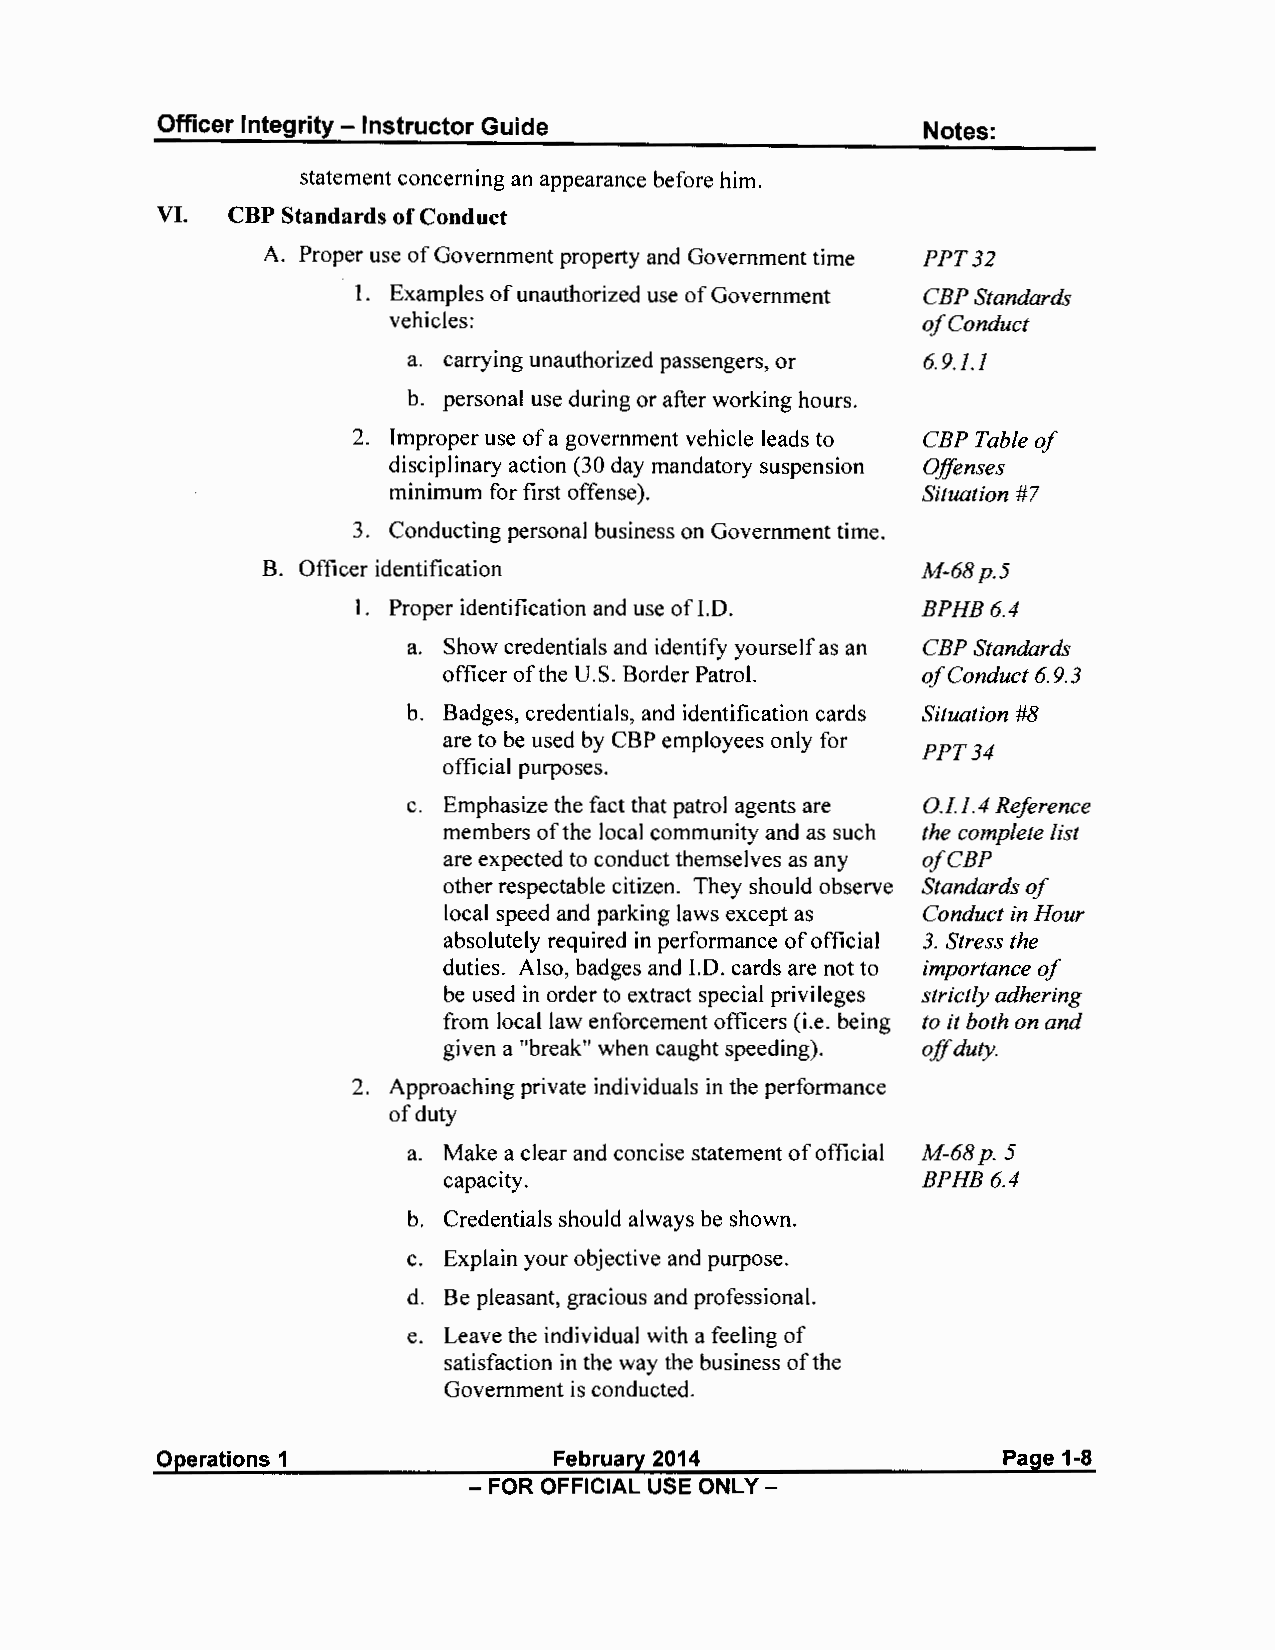
Officer Integrity - Instructor Guide               Notes:
 statement concerning an appearance before him.
 VI.  CBP Standards of Conduct
 A. Proper use of Government property and Government time PPT32
 I. Examples of unauthorized use of Government CBP Standards
 vehicles:                          of Conduct
 a. carrying unauthorized passengers, or 6.9.1.1
 b. personal use during or after working hours.
 2. Improper use of a government vehicle leads to CBP Table of
 disciplinary action (30 day mandatory suspension Offenses
 minimum for first offense).        Situation #7
 3. Conducting personal business on Government time.
 B. Officer identification                   M-68p.5
 I. Proper identification and use of 1.0. BPHB6.4
 a. Show credentials and identify yourself as an CBP Standards
 officer of the U.S. Border Patrol. of Conduct 6.9.3
 b. Badges, credentials, and identification cards Situation #8
 are to be used by CBP employees only for
 PPT34
 official purposes.
 c. Emphasize the fact that patrol agents are 0.1.1.4 Reference
 members of the local community and as such the complete list
 are expected to conduct themselves as any ofCBP
 other respectable citizen. They should observe Standards of
 local speed and parking laws except as Conduct in Hour
 absolutely required in performance of official 3. Stress the
 duties. Also, badges and 1.0. cards are not to importance of
 be used in order to extract special privileges strictly adhering
 from local law enforcement officers (i.e. being to it both on and
 given a "break" when caught speeding). offd uty.
 2. Approaching private individuals in the performance
 of duty
 a. Make a clear and concise statement of official M-68p. 5
 capacity.                       BPHB6.4
 b. Credentials should always be shown.
 c. Explain your objective and purpose.
 d. Be pleasant, gracious and professional.
 e. Leave the individual with a feeling of
 satisfaction in the way the business of the
 Government is conducted.
 Operations 1               February 2014                Page 1-8
 - FOR OFFICIAL USE ONLY -